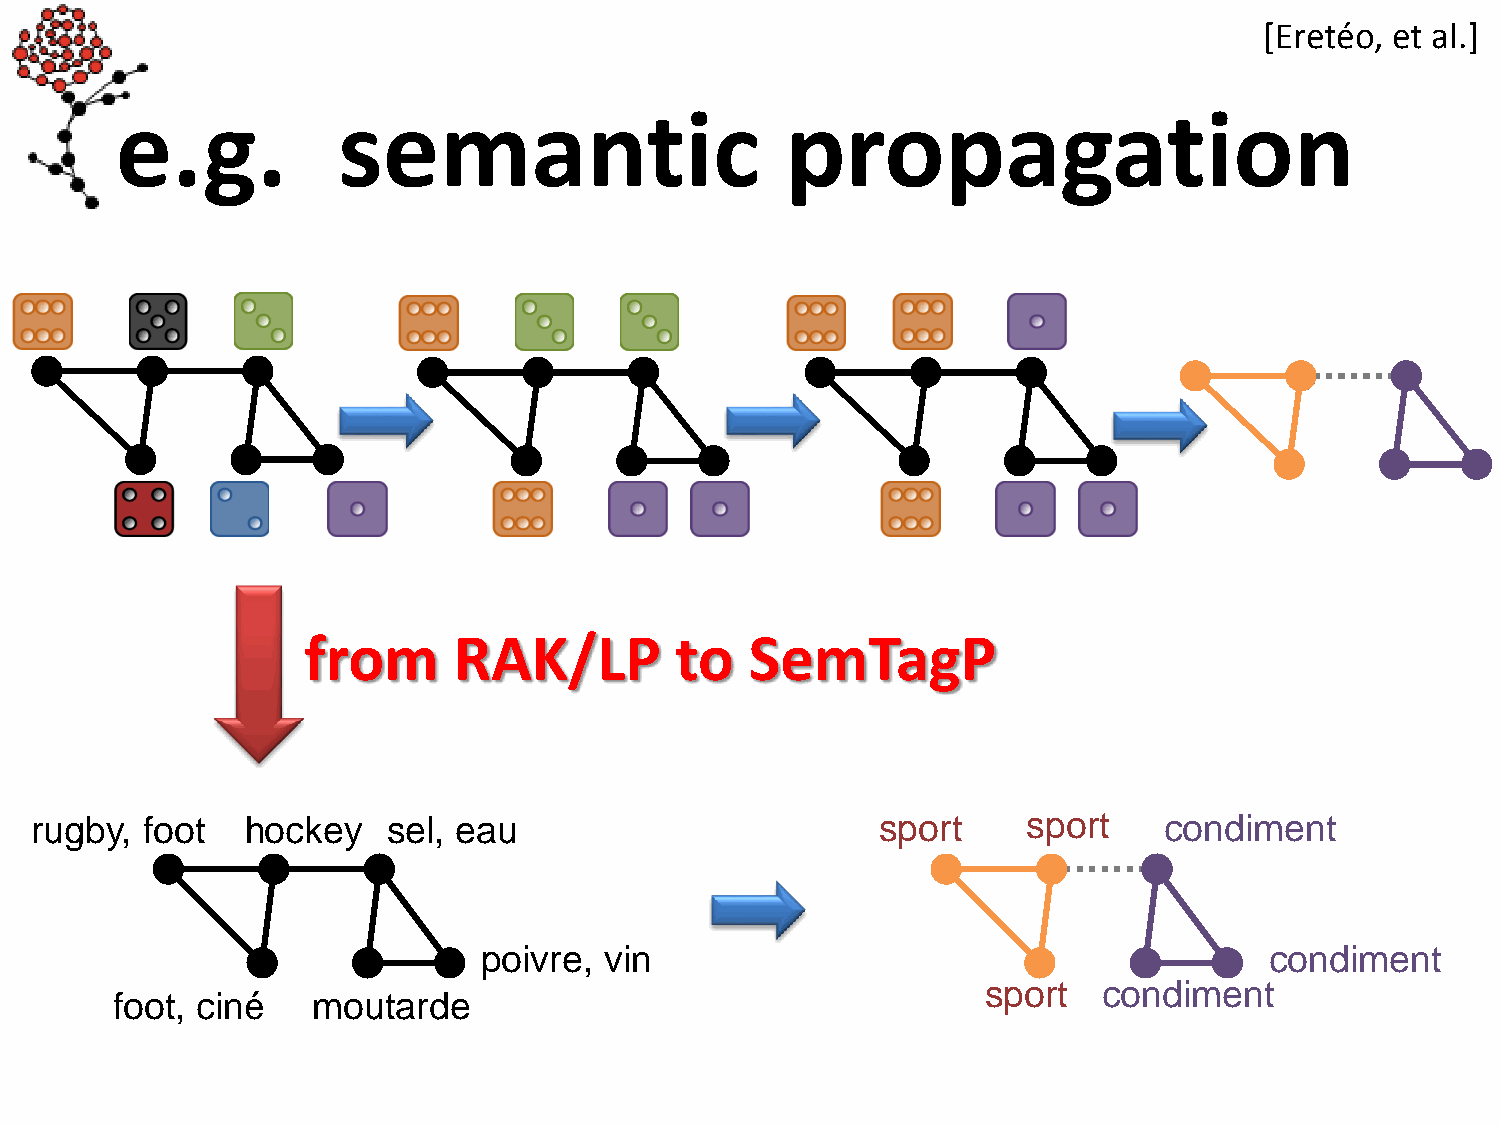
[Eretéo, et al.]
 e.g.          semantic                      propagation
 from      RAK/LP         to   SemTagP
 rugby, foot   hockey    sel, eau                        sport     sport    condiment
 poivre, vin                                         condiment
 sport   condiment
 foot, ciné    moutarde